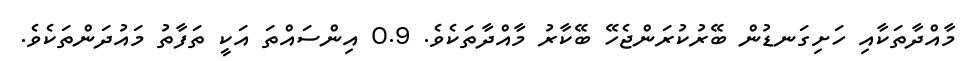
މާއްދާތަކާއި ހަށިގަނޑުން ބޭރުކުރަންޖެހޭ ބޭކާރު މާއްދާތަކެވެ. 0.9 އިންސައްތަ އަކީ ތަފާތު މައުދަންތަކެވެ.